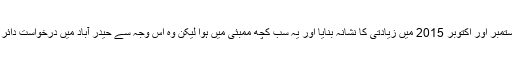
لڑکی نے اپنی درخواست میں مزید کہا کہ کریم نے انہیں آخری مرتبہ ستمبر اور اکتوبر 2015 میں زیادتی کا نشانہ بنایا اور یہ سب کچھ ممبئی میں ہوا لیکن وہ اس وجہ سے حیدر آباد میں درخواست دائر کرارہی ہیں کیونکہ ممبئی میں کریم اس کیس پر اثر انداز ہوسکتے ہیں۔